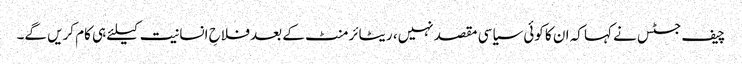
چیف جسٹس نے کہا کہ ان کا کوئی سیاسی مقصد نہیں، ریٹائرمنٹ کے بعد فلاحِ انسانیت کیلئے ہی کام کریں گے۔